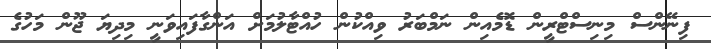
ފިނޭންސް މިނިސްޓްރީން ޑޮމެއިން ނަމްބަރު ވިއްކުން ހުއްޓާލުމަށް އަންގާފައިވަނީ މިދިޔަ ޖޫން މަހުގެ